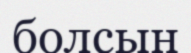
болсын